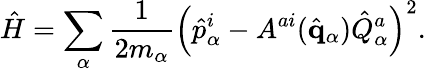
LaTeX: \hat{H}=\sum_{\alpha}{\frac{1}{2m_{\alpha}}}\left(\hat{p}_{\alpha}^{i}-A^{ai}(\hat{\mathbf q}_{\alpha})\hat{Q}_{\alpha}^{a}\right)^{2}.